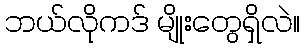
ဘယ်လိုကဒ် မျိုးတွေရှိလဲ။